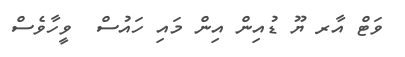
ވަޓް އާރ ޔޫ ޑުއިން އިން މައި ހައުސް  ވީހާވެސް